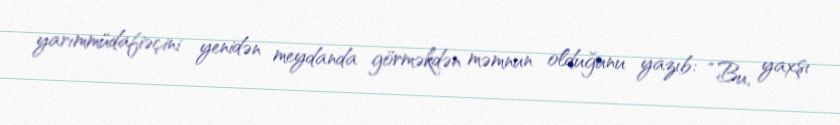
yarımmüdafiəçini yenidən meydanda görməkdən məmnun olduğunu yazıb: “Bu, yaxşı